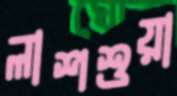
লাশশুয়া